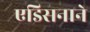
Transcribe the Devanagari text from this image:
एडिसनाने